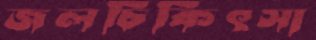
জলচিকিৎসা